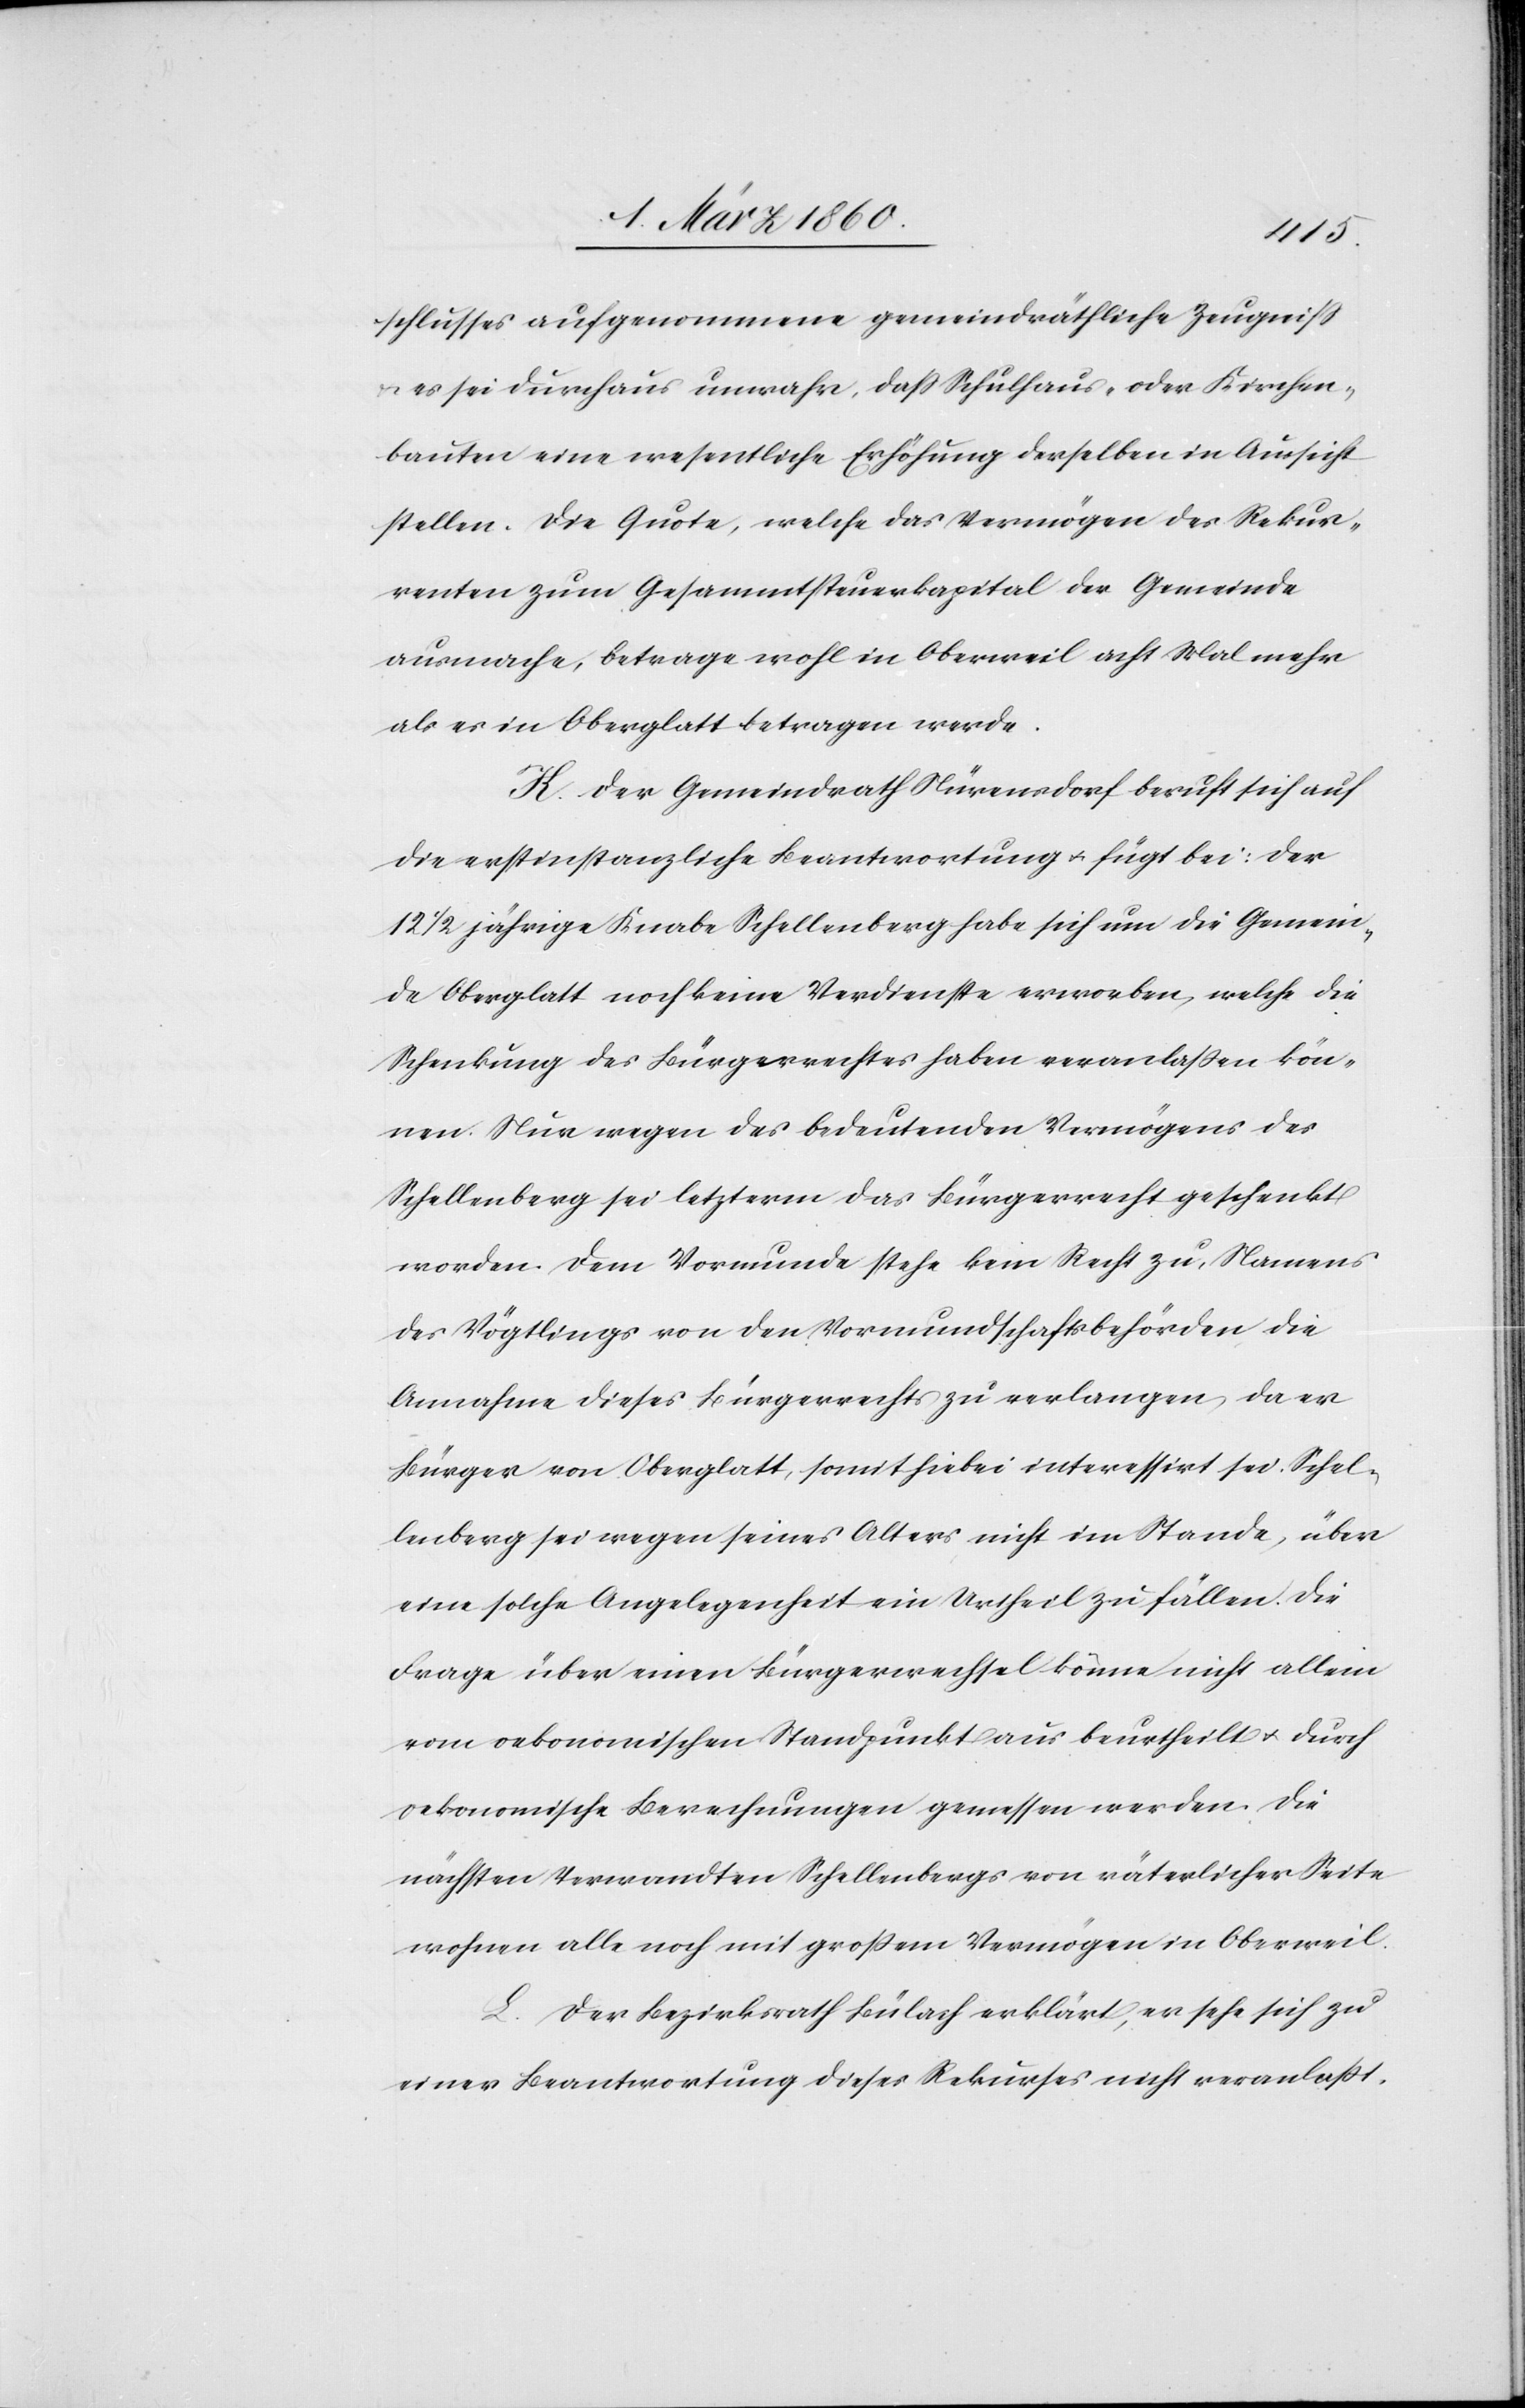
schlusses aufgenommene gemeindräthliche Zeugniss
u. es sei durchaus unwahr, dass Schulhaus- oder Kirchen¬
bauten eine wesentliche Erhöhung derselben in Aussicht
stellen. Die Quote, welche das Vermögen des Rekur¬
renten zum Gesammtsteuerkapital der Gemeinde
ausmache, betrage wohl in Oberweil acht Mal mehr
als es in Oberglatt betragen werde.
H. Der Gemeindrath Nürensdorf beruft sich auf
die erstinstanzliche Beantwortung u. fügt bei: der
1/2 jährige Knabe Schellenberg habe sich um die Gemein¬
de Oberglatt noch keine Verdienste erworben, welche die
Schenkung des Bürgerrechtes haben veranlassen kön¬
nen. Nur wegen des bedeutenden Vermögens des
Schellenberg sei letzterm das Bürgerrecht geschenkt
worden. Dem Vormunde stehe kein Recht zu, Namens
des Vögtlings von den Vormundschaftsbehörden die
Annahme dieses Bürgerrechts zu verlangen, da er
Bürger von Oberglatt, somit hiebei interessirt sei. Schel¬
lenberg sei wegen seines Altes nicht im Stande, über
eine solche Angelegenheit ein Urtheil zu fällen. Die
Frage über einen Bürgerwechsel könne nicht allein
vom oekonomischen Standpunkt aus beurtheilt u. durch
oekonomische Berechnungen gemessen werden. Die
nächsten Verwandten Schellenbergs von väterlicher Seite
wohnen alle noch mit grossem Vermögen in Oberweil.
L. Der Bezirksrath Bülach erklärt, er sehe sich zu
einer Beantwortung dieses Rekurses nicht veranlasst.